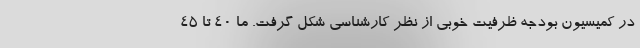
در کمیسیون بودجه ظرفیت خوبی از نظر کارشناسی شکل گرفت. ما ۴۰ تا ۴۵